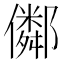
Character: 𠐕